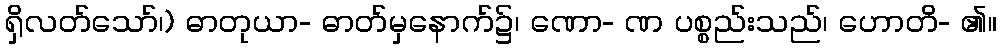
ရှိလတ်သော်၊) ဓာတုယာ- ဓာတ်မှနောက်၌၊ ဏော- ဏ ပစ္စည်းသည်၊ ဟောတိ- ၏။